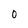
Character: 0